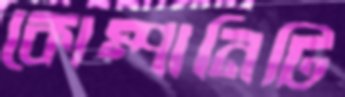
কোম্পানিটি